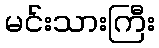
မင်းသားကြီး